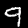
Label: 9